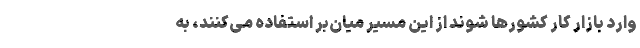
وارد بازار کارِ کشورها شوند از این مسیر میان‌بر استفاده می‌کنند، به